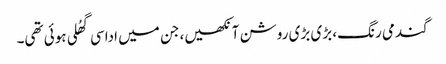
گندمی رنگ، بڑی بڑی روشن آنکھیں، جن میں اداسی گھُلی ہوئی تھی۔